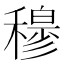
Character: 𥢣